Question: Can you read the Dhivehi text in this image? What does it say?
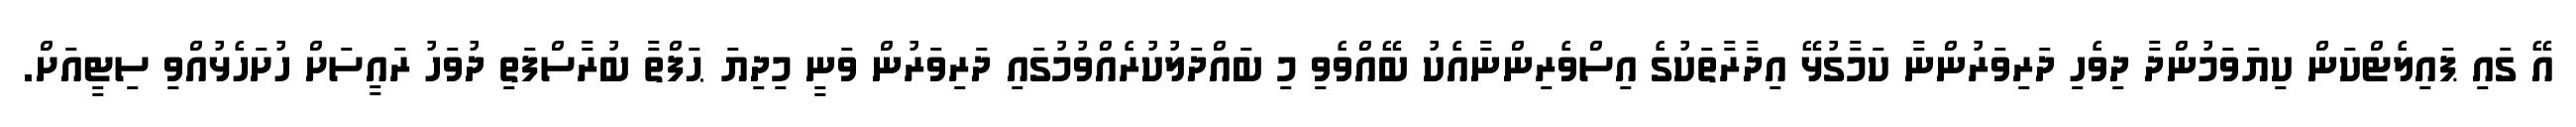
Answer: އޭ ގައި ޕައިލެޓްކަން ކިޔަވަމުންދާ ދިވެހި ދަރިވަރުންނާ ކަމާގުޅޭ އިދާރާތަކުގެ އިސްވެރިންނާއެކު ބޭއްވެވި މި ބައްދަލުކުރެއްވުމުގައި ދަރިވަރުން ވަނީ މިދިޔަ ޙަފްތާ ބުރާސްފަތި ދުވަހު ރައީސަށް ހުށަހެޅުއްވި ސިޓީއަށް.